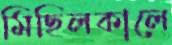
মিছিলকালে